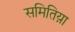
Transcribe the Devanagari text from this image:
समितिय़ा